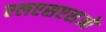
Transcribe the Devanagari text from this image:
एलएसएसओ